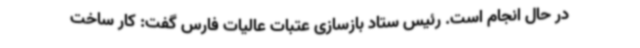
در حال انجام است. رئیس ستاد بازسازی عتبات عالیات فارس گفت: کار ساخت